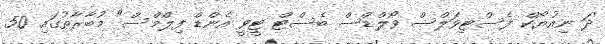
'ދަ ނިއުޔޯކް ފެސްޓިވަލްސް ވޯލްޑްސް ބެސްޓް ޓީވީ އެންޑް ފިލްމްސް" މުބާރާތުގައި 50